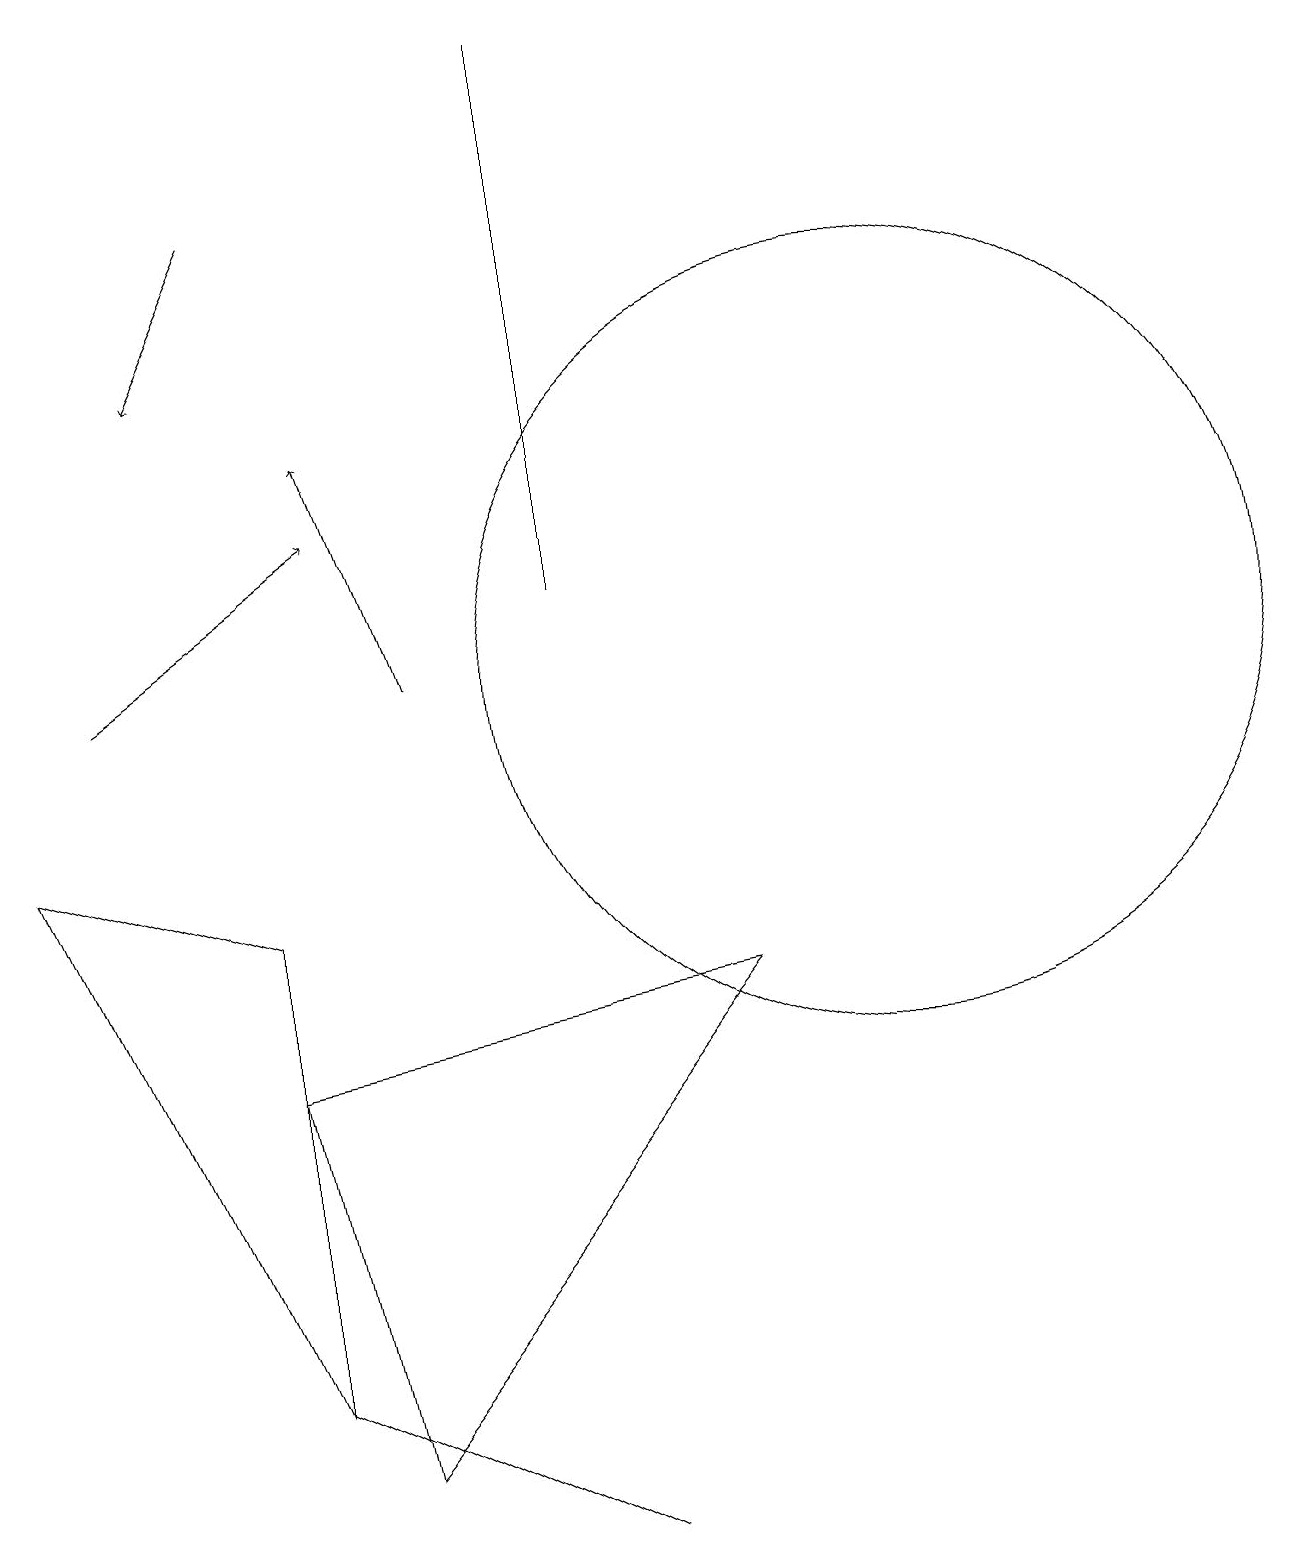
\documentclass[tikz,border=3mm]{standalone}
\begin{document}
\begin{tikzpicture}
\draw (11,11) circle (5);
\draw[->] (3,17) -- (2,15);
\draw[->] (5,11) -- (4,14);
\draw (3,6) -- (4,1) -- (9,7) -- cycle;
\draw (3,2) -- (3,8) -- (0,9) -- cycle;
\draw[->] (1,11) -- (4,13);
\draw (7,0) -- (3,2) -- (7,0) -- cycle;
\draw (7,19) rectangle (7,12);
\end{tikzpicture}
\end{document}